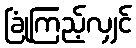
ခြုံကြည့်လျှင်